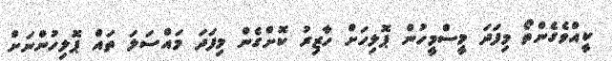
ކީއްވެގެންތޯ މިފަދަ މީސްމީހުން ޕޮލިހަށް ހާޒިރު ކޮށްގެން މިފަދަ މައްސަލަ ތައް ޕޮލިހުންނަށް